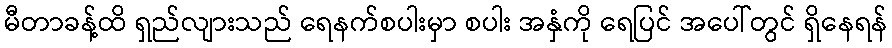
မီတာခန့်ထိ ရှည်လျားသည် ရေနက်စပါးမှာ စပါး အနှံကို ရေပြင် အပေါ်တွင် ရှိနေရန်